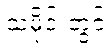
သမိုင်းတွင်